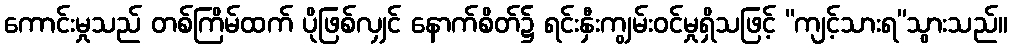
ကောင်းမှုသည် တစ်ကြိမ်ထက် ပိုဖြစ်လျှင် နောက်စိတ်၌ ရင်းနှီးကျွမ်းဝင်မှုရှိသဖြင့် “ကျင့်သားရ”သွားသည်။